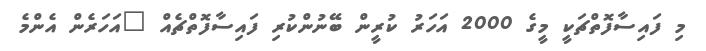
މި ފައިސާފޮތްޗަކީ މީގެ 2000 އަހަރު ކުރީން ބޭނުންކުރި ފައިސާފޮތްޗެއް "އަހަރެން އެންމެ